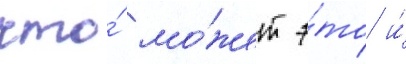
что́ мо́жет э́то и́